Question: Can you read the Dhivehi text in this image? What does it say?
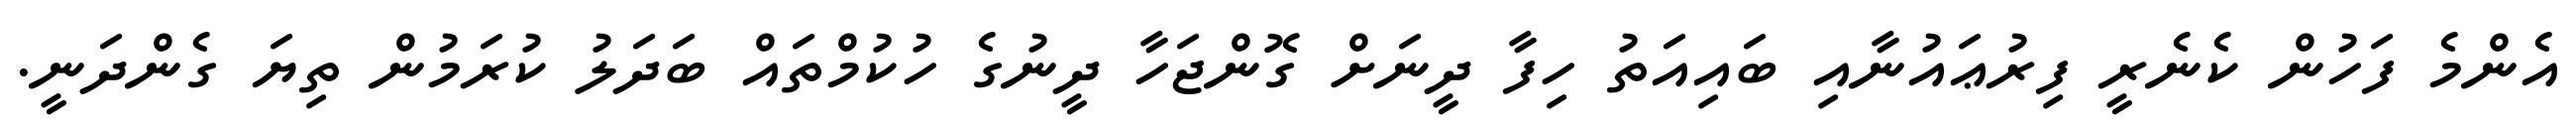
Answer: އެންމެ ފަހުން ކެނެރީ ފިރުޢައުނާއި ބައިއަތު ހިފާ ދީނަށް ގޮންޖަހާ ދީނުގެ ހުކުމްތައް ބަދަލު ކުރަމުން ތިޔަ ގެންދަނީ.